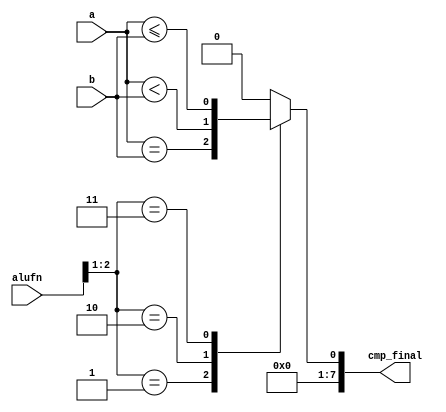
module comparable_10 (
    input [5:0] alufn,
    input [7:0] a,
    input [7:0] b,
    output reg [7:0] cmp_final
  );
  
  
  
  always @* begin
    cmp_final[1+6-:7] = 7'h00;
    
    case (alufn[1+1-:2])
      2'h1: begin
        cmp_final[0+0-:1] = a == b;
      end
      2'h2: begin
        cmp_final[0+0-:1] = a < b;
      end
      2'h3: begin
        cmp_final[0+0-:1] = a <= b;
      end
      default: begin
        cmp_final[0+0-:1] = 1'h0;
      end
    endcase
  end
endmodule